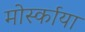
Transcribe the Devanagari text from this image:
मोर्स्काया